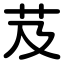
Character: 芨